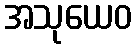
အသုယေဝ